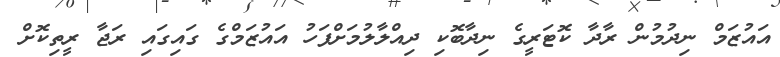
އައުޒަމް ނިދުމުން ރާދާ ކޮޓަރީގެ ނިދާބޮކި ދިއްލާލުމަށްފަހު އައުޒަމްގެ ގައިގައި ރަޖާ ރީތިކޮށް